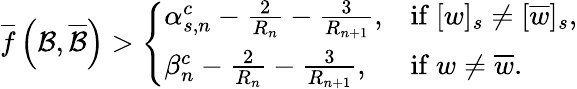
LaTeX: \overline{{f}}\left(\mathcal{B},\overline{{\mathcal{B}}}\right)>\left\{ \begin{array}{ll}{\alpha_{s,n}^{c}-\frac{2}{R_{n}}-\frac{3}{R_{n+1}},}&{\mathrm{if~}[w]_{s}\neq[\overline{{w}}]_{s},}\\ {\beta_{n}^{c}-\frac{2}{R_{n}}-\frac{3}{R_{n+1}},}&{\mathrm{if~}w\neq\overline{{w}}.}\end{array}\right.